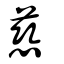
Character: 慈